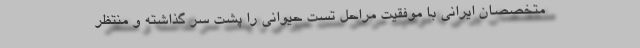
متخصصان ایرانی با موفقیت مراحل تست حیوانی را پشت سر گذاشته و منتظر